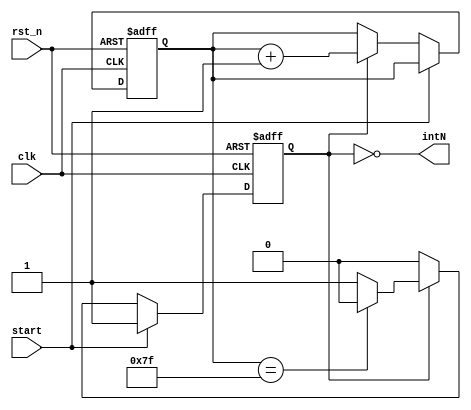
module interrupt_counter(
    input clk,
    input rst_n,
    input start,
    output intN
    );

    reg[6:0] counter; //Ensures a minimum pulse width
    reg counterEn;
    always@(posedge clk or negedge rst_n) begin
        if(~rst_n) begin
            counter <= 0;
            counterEn <= 0;
        end else begin
            if(start) counterEn <= 1;
            else if(counterEn) begin
                counter <= counter + 1;
                if(counter == 7'h7f) counterEn <= 0;
            end
        end
    end
    
    assign intN = ~counterEn;
    
endmodule